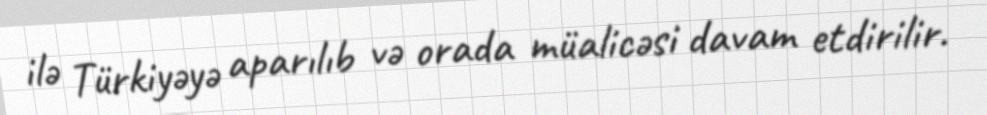
ilə Türkiyəyə aparılıb və orada müalicəsi davam etdirilir.